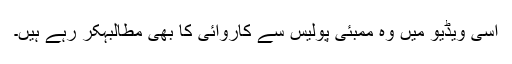
اسی ویڈیو میں وہ ممبئی پولیس سے کاروائی کا بھی مطالبہکر رہے ہیں۔